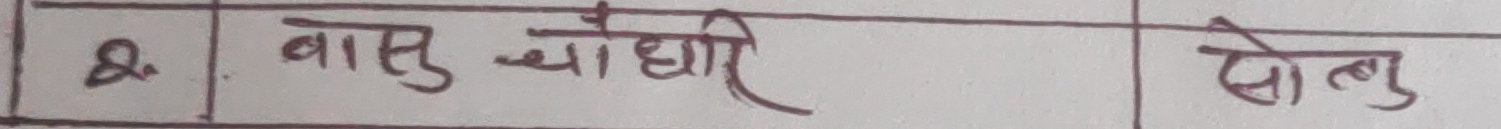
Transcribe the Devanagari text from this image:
२. बासु व्याँधरि सोलु